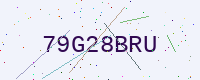
Text: 79G28BRU